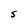
Character: S